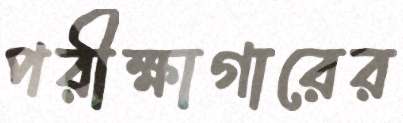
পরীক্ষাগারের